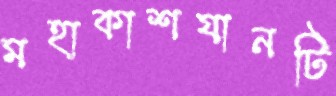
মহাকাশযানটি